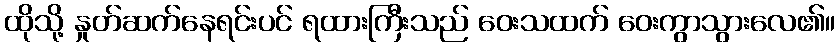
ထိုသို့ နှုတ်ဆက်နေရင်းပင် ရထားကြီးသည် ဝေးသထက် ဝေးကွာသွားလေ၏။